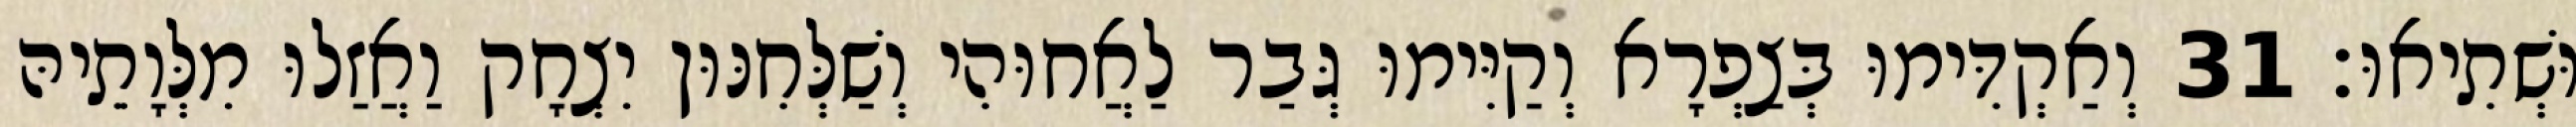
וּשְׁתִיאוּ׃ 31 וְאַקְדִּימוּ בְּצַפְרָא וְקַיִּימוּ גְּבַר לַאֲחוּהִי וְשַׁלְּחִנּוּן יִצְחָק וַאֲזַלוּ מִלְּוָתֵיהּ